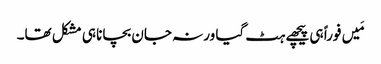
مَیں فوراً ہی پیچھے ہٹ گیا ورنہ جان بچانا ہی مشکل تھا۔